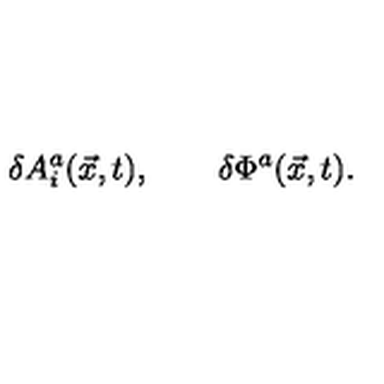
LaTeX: \delta A _ { i } ^ { a } ( \vec { x } , t ) , \qquad \delta \Phi ^ { a } ( \vec { x } , t ) .